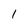
Character: 1